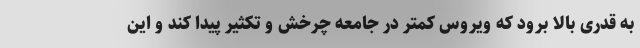
به قدری بالا برود که ویروس کمتر در جامعه چرخش و تکثیر پیدا کند و این